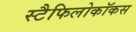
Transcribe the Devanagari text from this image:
स्टैफिलोकॉकस